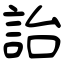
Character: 詒